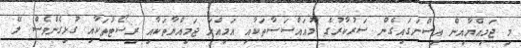
މި ޖަމިއްޔާއިން އިސްނަގައިގެން ސަރުކާރުގެ މުއައްސަސާތަކާއި އަމިއްލަ ޖަމިއްޔާތަކާއި ރިސޯޓުތަކާއި ގުޅިގެންވެސް ލޭ